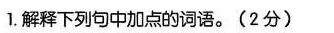
1.解释下列句中加点的词语。(2分)